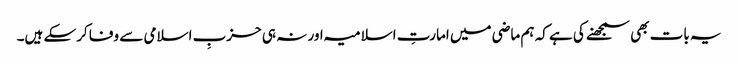
یہ بات بھی سمجھنے کی ہے کہ ہم ماضی میں امارتِ اسلامیہ اور نہ ہی حزبِ اسلامی سے وفا کرسکے ہیں۔